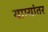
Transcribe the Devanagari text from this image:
याम्यांतर